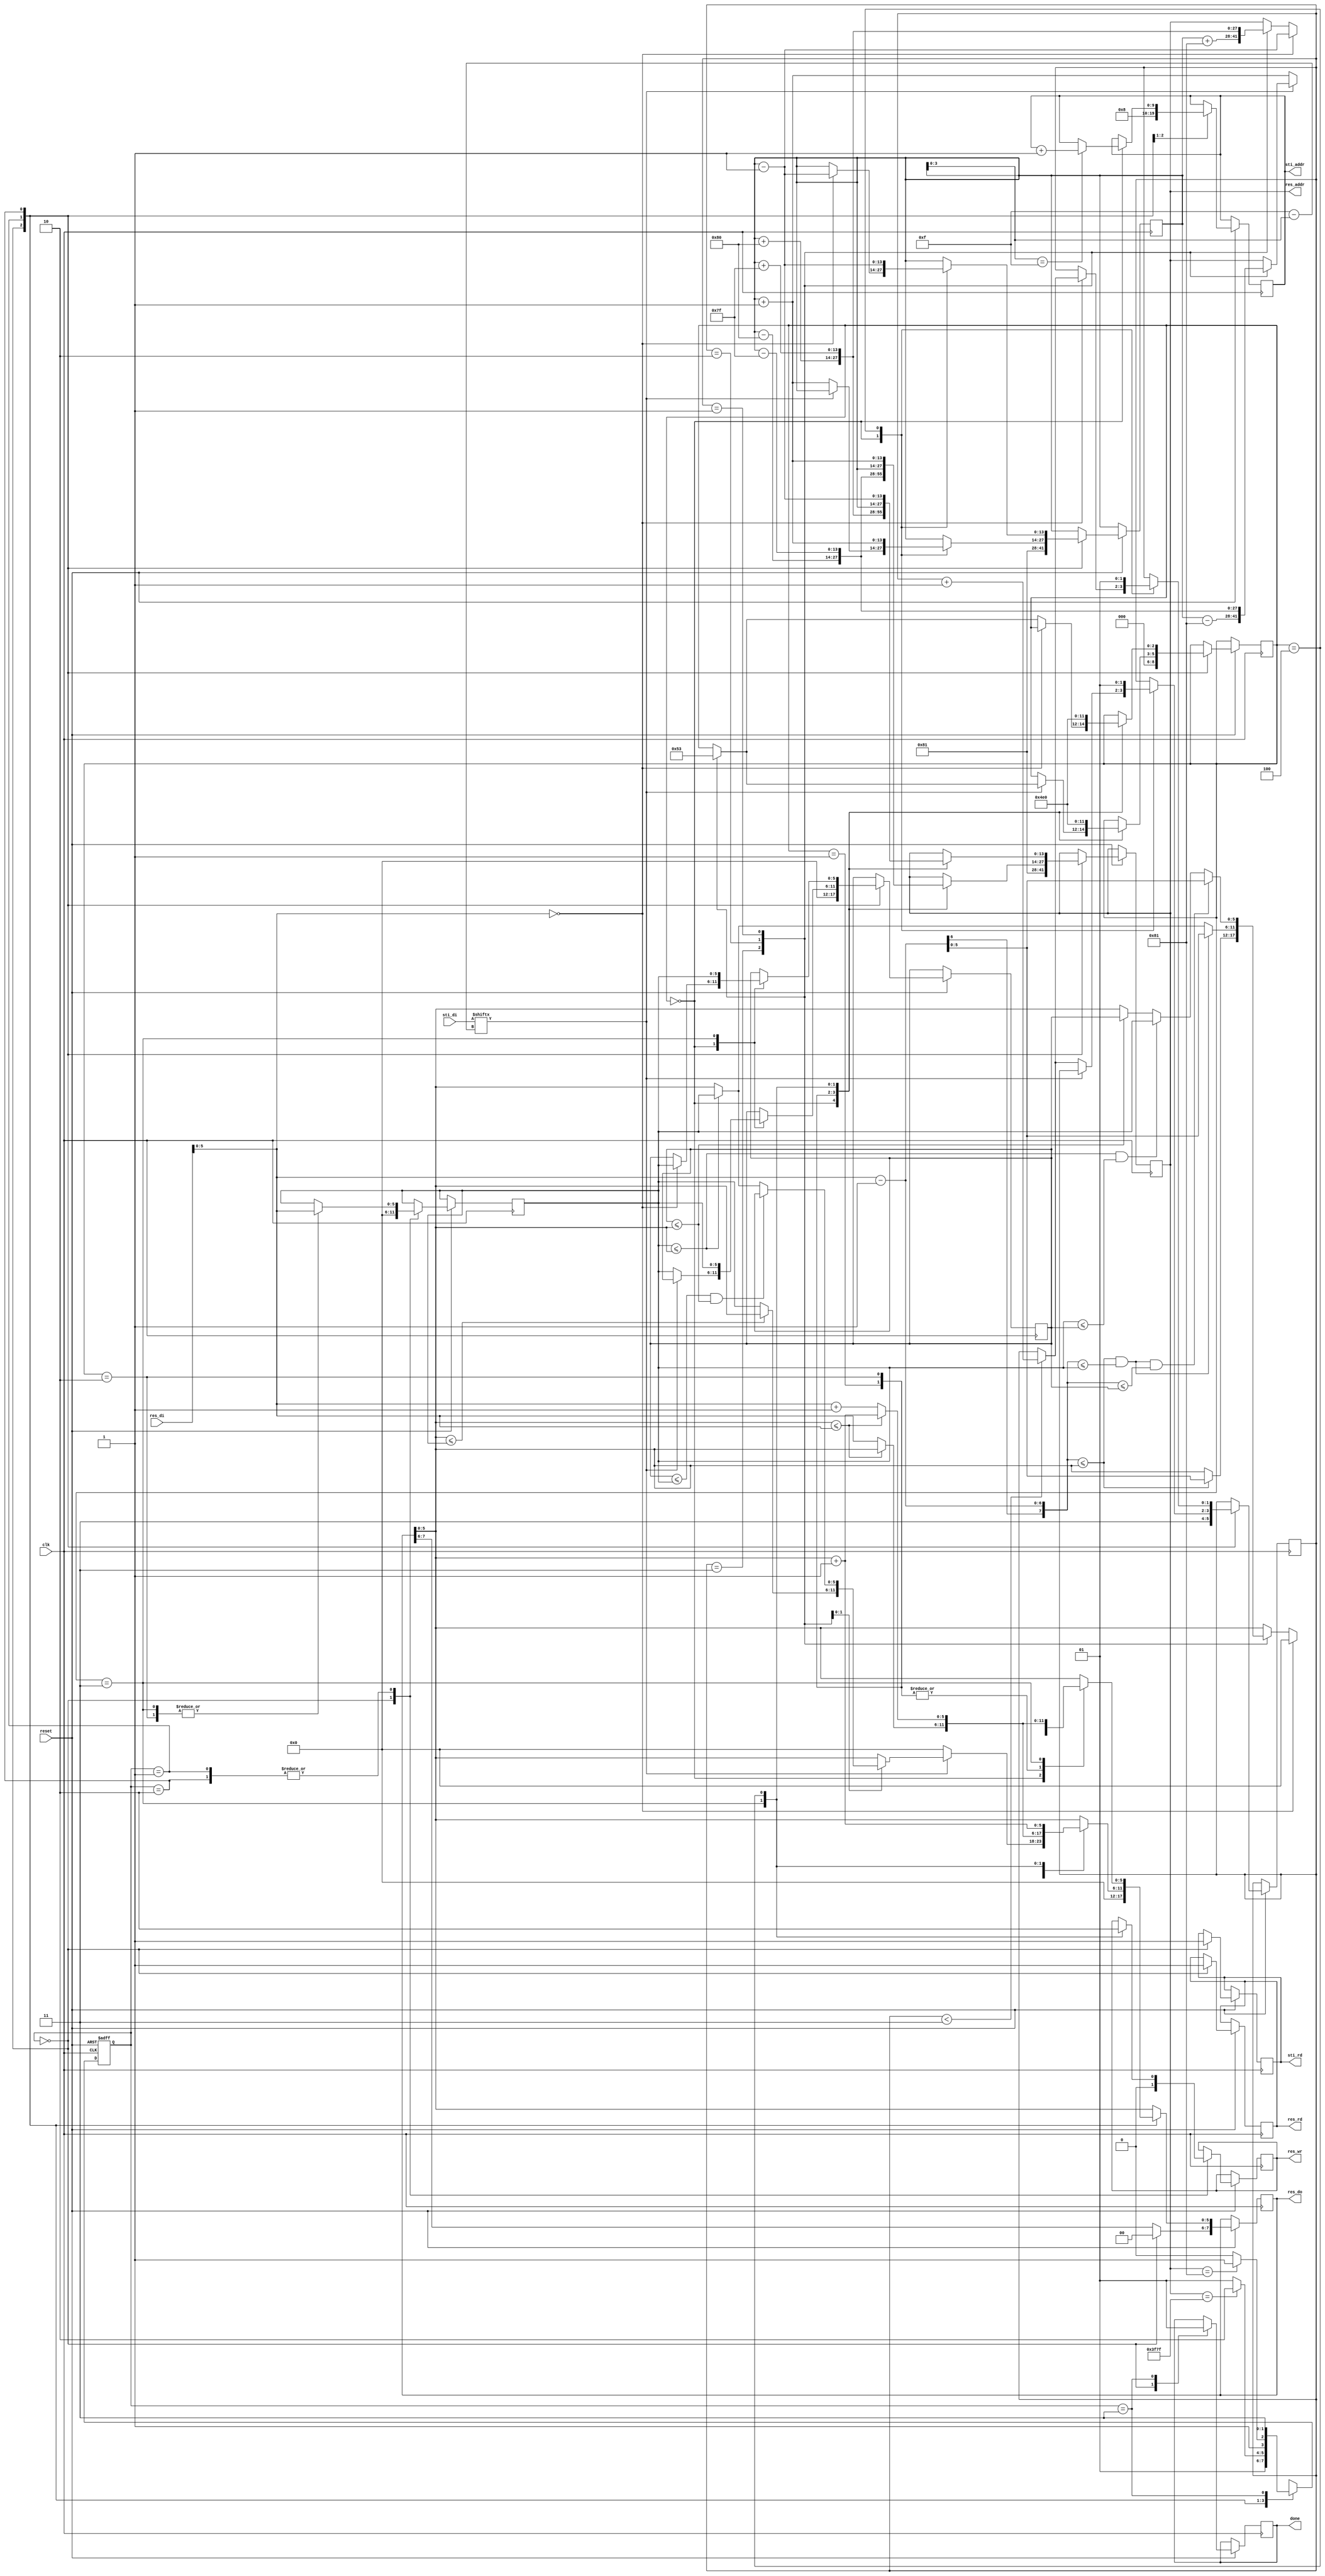
module DT(
	input 					clk, 
	input					reset,
	output	reg				done,
	output	reg				sti_rd,
	output	reg 	[9:0]	sti_addr,
	input			[15:0]	sti_di,
	output	reg				res_wr,
	output	reg				res_rd,
	output	reg 	[13:0]	res_addr,
	output	reg 	[7:0]	res_do,
	input			[7:0]	res_di
	);

reg [1:0] current_state, next_state;
reg [2:0] state;
reg [13:0] addr;
reg [5:0] data_1,data_2;
reg [1:0] load_num;

parameter START    = 2'd0,
		  FORWARD  = 2'd1,
		  BACKWARD = 2'd2,
		  END	   = 2'd3;

always @( posedge clk or negedge reset ) begin
	if( !reset ) begin
		current_state <= START;
	end
	else begin
		current_state <= next_state;
		case ( current_state )
			START: begin
				done <= 1'd0;
				sti_rd <= 1'd1;
				res_rd <= 1'd1;
				res_wr <= 1'd0;
				sti_addr <= 10'd8;
				addr <= 14'd129;
				res_addr <= 14'd129;
				load_num <= 2'd3; 
				res_do <= 8'd0;
				data_1 <= 8'd0;
				data_2 <= 8'd0;
				state <= 3'd0;
			end 
			FORWARD: begin
				case ( state )
					0: begin
						if( addr[3:0] == 4'd15)
							sti_addr <= sti_addr + 10'd1; 

						if( sti_di[4'd15 - addr[3:0]] == 1'd0 ) begin	// 
							addr <= addr + 14'd1;
							res_do[5:0] <= 8'd0;
							res_addr <= addr + 14'd1;
							load_num <= ( load_num < 2'd3) ? load_num + 2'd1 : load_num;
							data_1 <= data_2;
						end
						else begin		// forward pass
							case ( load_num )
								3: begin
									res_addr <= addr - 14'd129;
									state <= 3'd1;
								end 
								2: begin
									res_addr <= addr - 14'd128;
									res_do[5:0] <= ( res_do[5:0] <= data_2 ) ? res_do[5:0] : data_2;
									state <= 3'd2;
								end 
								1: begin
									res_addr <= addr - 14'd127;
									if( data_1 <= data_2 && data_1 <= res_do[5:0] )
										res_do[5:0] <= data_1;
									else if( data_2 <= res_do[5:0] )
										res_do[5:0] <= data_2;
									state <= 3'd3;
								end 
							endcase
						end
					end 
					1: begin
						res_addr <= addr - 14'd128;
						res_do[5:0] <= ( res_do[5:0] <= res_di[5:0] ) ? res_do[5:0] : res_di[5:0];
						state <= 3'd2;
					end
					2: begin
						res_addr <= addr - 14'd127;
						data_2 <= res_di[5:0];
						res_do[5:0] <= ( res_do[5:0] <= res_di[5:0] ) ? res_do[5:0] : res_di[5:0];
						state <= 3'd3;
					end
					3: begin
						res_wr <= 1'd1;
						res_addr <= addr;
						data_1 <= data_2;
						data_2 <= res_di[5:0];
						res_do[5:0] <= ( res_do[5:0] <= res_di[5:0] ) ? res_do[5:0] + 8'd1 : res_di[5:0] + 8'd1;
						state <= 3'd4;
					end
					4: begin
						res_wr <= 1'd0;
						addr <= addr + 14'd1;
						res_addr <= addr + 14'd1;
						res_do[5:0] <= res_do[5:0] + 8'd1;
						load_num <= 2'd1;
						state <= 3'd0;
					end
				endcase
			end
			BACKWARD: begin
				case ( state )
					0: begin
						if( res_di[5:0] == 8'd0 ) begin	// 
							addr <= addr - 14'd1;
							res_addr <= addr - 14'd1;
							res_do[5:0] <= 8'd0;
							load_num <= ( load_num < 2'd3) ? load_num + 2'd1 : load_num;
							data_1 <= data_2;
						end
						else begin			// backward pass
						case ( load_num )
								3: begin
									res_addr <= addr + 14'd129;
									res_do[5:0] <= ( res_di[5:0] - 8'd1 <= res_do[5:0]) ? res_di[5:0] - 8'd1 : res_do[5:0];
									state <= 3'd1;
								end 
								2: begin
									res_addr <= addr + 14'd128;
									if( res_di[5:0] - 8'd1 <= res_do[5:0] && res_di[5:0] - 8'd1 <= data_2 )
										res_do[5:0] <= res_di[5:0] - 8'd1;
									else if( data_2 <= res_do[5:0] )
										res_do[5:0] <= data_2;
									state <= 3'd2;
								end 
								1: begin
									res_addr <= addr + 14'd127;
									if( res_di[5:0] - 8'd1 <= res_do[5:0] && res_di[5:0] - 8'd1 <= data_2 && res_di[5:0] - 8'd1 <= data_1)
										res_do[5:0] <= res_di[5:0] - 8'd1;
									else if( data_2 <= res_do[5:0] && data_2 <= data_1)
										res_do[5:0] <= data_2;
									else if( data_1 <= res_do[5:0] )
										res_do[5:0] <= data_1;
									state <= 3'd3;
								end 
							endcase
						end
					end 
					1: begin
						res_addr <= addr + 14'd128;
						res_do[5:0] <= ( res_do[5:0] <= res_di[5:0] ) ? res_do[5:0] : res_di[5:0];
						state <= 3'd2;
					end
					2: begin
						res_addr <= addr + 14'd127;
						data_2 <= res_di[5:0];
						res_do[5:0] <= ( res_do[5:0] <= res_di[5:0] ) ? res_do[5:0] : res_di[5:0];
						state <= 3'd3;
					end
					3: begin
						res_wr <= 1'd1;
						res_addr <= addr;
						data_1 <= data_2;
						data_2 <= res_di[5:0];
						res_do[5:0] <= ( res_do[5:0] <= res_di[5:0] ) ? res_do[5:0] + 8'd1 : res_di[5:0] + 8'd1;
						state <= 3'd4;
					end
					4: begin
						res_wr <= 1'd0;
						addr <= addr - 14'd1;
						res_addr <= addr - 14'd1;
						load_num <= 2'd1;
						state <= 3'd0;
					end
				endcase
			end
			END: begin
				done <= 1'd1;
			end
		endcase
	end
end

always @( * ) begin
	case ( current_state )
		START: begin
			next_state = FORWARD;
		end
		FORWARD: begin
			if( res_addr == 14'd16255 )
				next_state = BACKWARD;
			else
				next_state = FORWARD;
		end
		BACKWARD: begin
			if( res_addr == 14'd129 )
				next_state = END;
			else
				next_state = BACKWARD;
		end
		END: begin
			next_state = END;
		end 
	endcase
end


endmodule